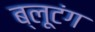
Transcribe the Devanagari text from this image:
ब्लूटंग